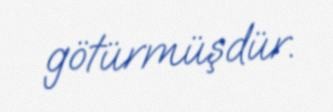
götürmüşdür.